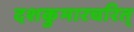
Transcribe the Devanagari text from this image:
दशकुमारचरित्‌